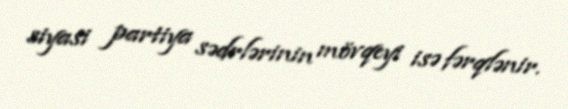
siyasi partiya sədrlərinin mövqeyi isə fərqlənir.